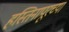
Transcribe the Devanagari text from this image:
हस्तिनापूरच्या